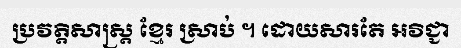
ប្រវត្តិសាស្ត្រ ខ្មែរ ស្រាប់ ។ ដោយសារតែ អវិជ្ជា